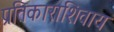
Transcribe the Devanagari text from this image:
प्रतिकाराशिवाय